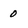
Character: 0